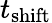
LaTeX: t_{\mathrm{shift}}